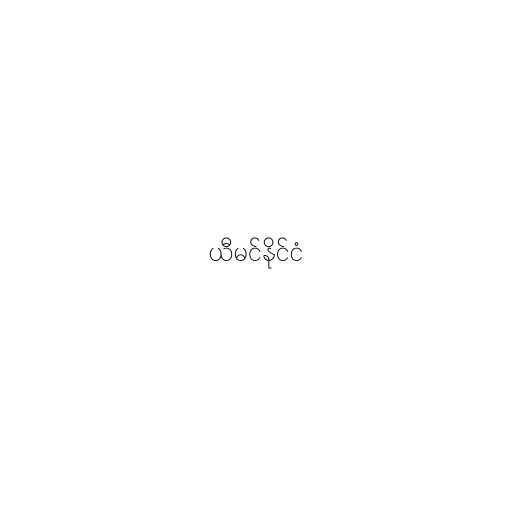
ယီမင်နိုင်ငံ